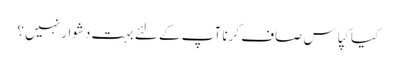
کیا کپاس صاف کرنا آپ کے لئے بہت دشوار نہیں ؟